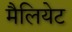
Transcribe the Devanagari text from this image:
मैलियेट